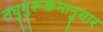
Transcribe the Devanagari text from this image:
लघुगुरूक्रमानुसार